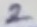
Text: 2